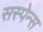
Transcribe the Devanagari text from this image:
सस्पेन्स